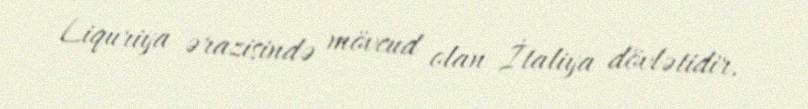
Liquriya ərazisində mövcud olan İtaliya dövlətidir.